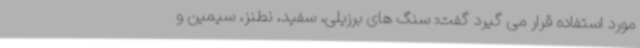
مورد استفاده قرار می گیرد گفت: سنگ های برزیلی، سفید، نطنز، سیمین و